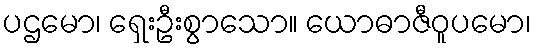
ပဌမော၊ ရှေးဦးစွာသော။ ယောဓာဇီဝူပမော၊